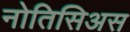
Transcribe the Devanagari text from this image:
नोतिसिअस